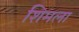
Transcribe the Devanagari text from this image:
शिमला